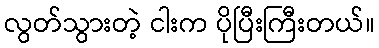
လွတ်သွားတဲ့ ငါးက ပိုပြီးကြီးတယ်။